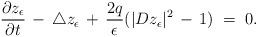
LaTeX: \begin{align*}\frac{\partial z_\epsilon}{\partial t}\,-\,\triangle z_\epsilon\,+\,\frac {2q}{\epsilon} (|D z_\epsilon|^2\,-\,1)\;=\;0.\end{align*}